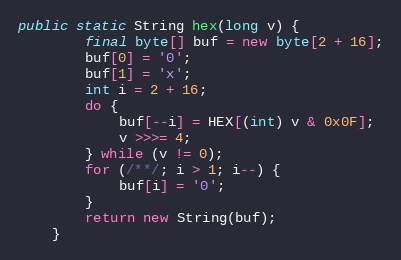
Language: Java
public static String hex(long v) {
        final byte[] buf = new byte[2 + 16];
        buf[0] = '0';
        buf[1] = 'x';
        int i = 2 + 16;
        do {
            buf[--i] = HEX[(int) v & 0x0F];
            v >>>= 4;
        } while (v != 0);
        for (/**/; i > 1; i--) {
            buf[i] = '0';
        }
        return new String(buf);
    }